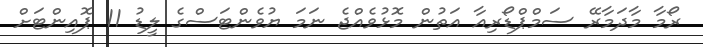
ރޯމާ މާދަމާރޭ ސަމްޕްޑޯރިއާ އަތުން މޮޅުވެއްޖެ ނަމަ ޔުވެންޓަސްގެ ލީޑު 11 ޕޮއިންޓަށް